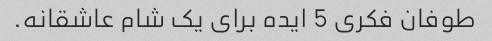
طوفان فکری 5 ایده برای یک شام عاشقانه.